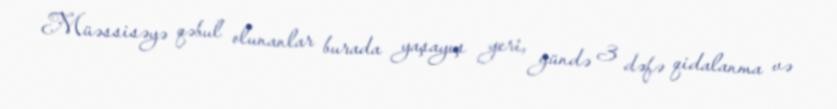
Müəssisəyə qəbul olunanlar burada yaşayış yeri, gündə 3 dəfə qidalanma və